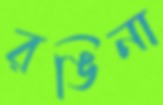
রঙিনা